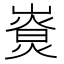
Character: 𡼷